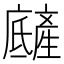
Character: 𤯿